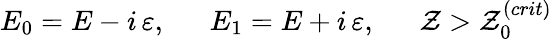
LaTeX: E_{0}=E-i\, \varepsilon,\ \ \ \ \ \ E_{1}=E+i\, \varepsilon,\ \ \ \ \ \ \mathcal{Z}>\mathcal{Z}_{0}^{(crit)}